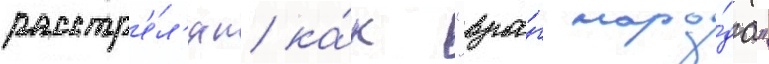
расстр'е́л'ян ка́к "вра́г наро́да"